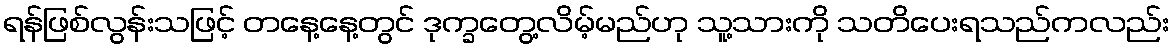
ရန်ဖြစ်လွန်းသဖြင့် တနေ့နေ့တွင် ဒုက္ခတွေ့လိမ့်မည်ဟု သူ့သားကို သတိပေးရသည်ကလည်း